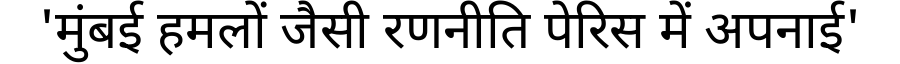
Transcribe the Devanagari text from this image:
'मुंबई हमलों जैसी रणनीति पेरिस में अपनाई'